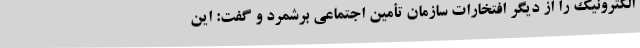
الکترونیک را از دیگر افتخارات سازمان تأمین اجتماعی برشمرد و گفت: این